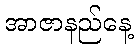
အာဇာနည်နေ့